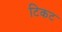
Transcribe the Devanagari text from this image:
टिकट